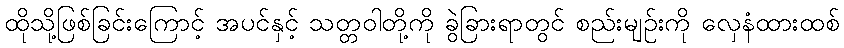
ထိုသို့ဖြစ်ခြင်းကြောင့် အပင်နှင့် သတ္တဝါတို့ကို ခွဲခြားရာတွင် စည်းမျဉ်းကို လှေနံထားထစ်